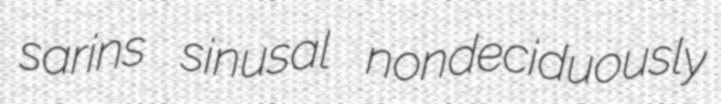
sarins sinusal nondeciduously